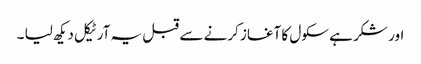
اور شکر ہے سکول کا آغاز کرنے سے قبل یہ آرٹیکل دیکھ لیا ۔